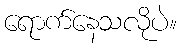
ရောက်နေသလိုပဲ။